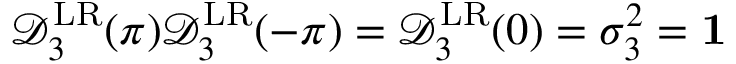
\mathcal { D } _ { 3 } ^ { \mathrm { L R } } ( \pi ) \mathcal { D } _ { 3 } ^ { \mathrm { L R } } ( - \pi ) = \mathcal { D } _ { 3 } ^ { \mathrm { L R } } ( 0 ) = \sigma _ { 3 } ^ { 2 } = { \bf 1 }